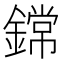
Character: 鏛